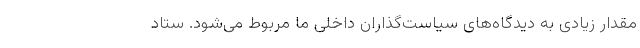
مقدار زیادی به دیدگاه‌های سیاست‌گذاران داخلی ما مربوط می‌شود. ستاد